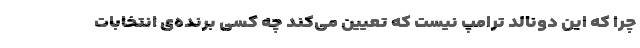
چرا که این دونالد ترامپ نیست که تعیین می‌کند چه کسی برنده‌ی انتخابات